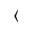
\langle